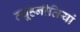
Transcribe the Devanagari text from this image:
व्यूहनीतियां